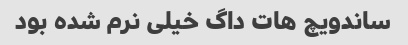
ساندویچ هات داگ خیلی نرم شده بود